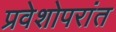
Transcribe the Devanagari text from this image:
प्रवेशोपरांत